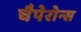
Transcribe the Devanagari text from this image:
चैपेरोन्स